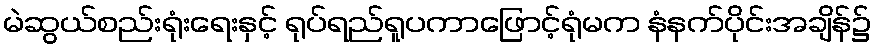
မဲဆွယ်စည်းရုံးရေးနှင့် ရုပ်ရည်ရူပကာဖြောင့်ရုံမက နံနက်ပိုင်းအချိန်၌